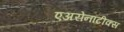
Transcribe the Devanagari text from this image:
एअरोनॉटीक्स